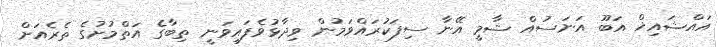
އައްޝައިޚް އަބޫ އަނަސުއް ޝާމީ އޭނާ ސިފަކުރައްވަމުން ވިދާޅުވެފައިވަނީ ތިބާގެ އަތްމުށުގެ ތެރެއަށް